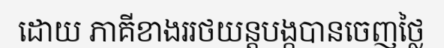
ដោយ ភាគីខាងររថយន្តបង្កបានចេញថ្លៃ